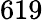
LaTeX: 619